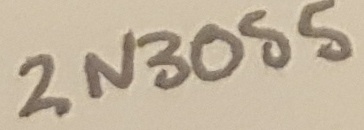
Text: 2N3055